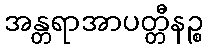
အန္တရာအာပတ္တီနဉ္စ